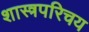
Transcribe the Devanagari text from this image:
शास्त्रपरिचय